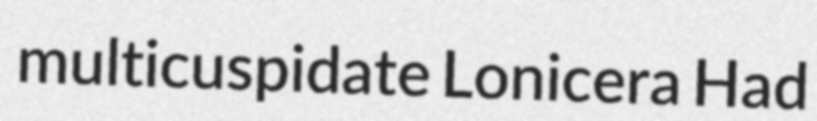
multicuspidate Lonicera Had